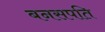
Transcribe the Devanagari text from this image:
बनसपति